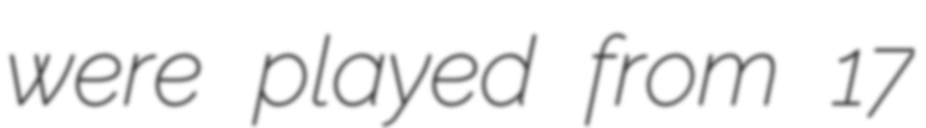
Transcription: were played from 17